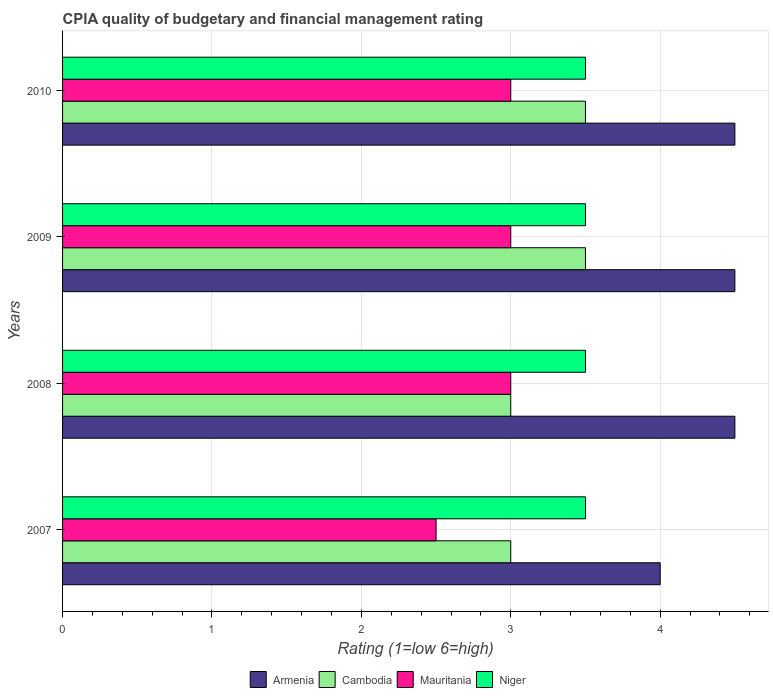
| Years | Armenia | Cambodia | Mauritania | Niger |
 | --- | --- | --- | --- | --- |
 | 2007 | 4 | 3 | 2.5 | 3.5 |
 | 2008 | 4.5 | 3 | 3 | 3.5 |
 | 2009 | 4.5 | 3.5 | 3 | 3.5 |
 | 2010 | 4.5 | 3.5 | 3 | 3.5 |